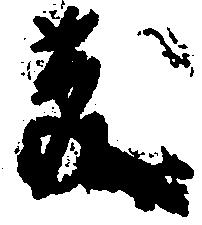
慶